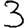
Digit: 3